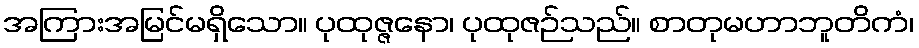
အကြားအမြင်မရှိသော။ ပုထုဇ္ဇနော၊ ပုထုဇဉ်သည်။ စာတုမဟာဘူတိကံ၊